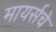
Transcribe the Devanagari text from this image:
मायर्सचे